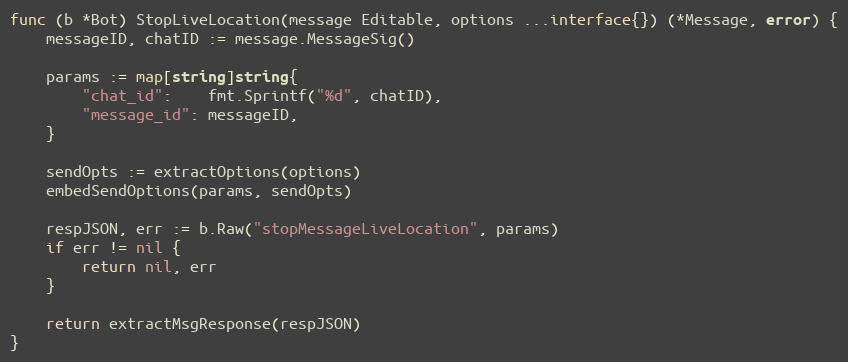
Language: Go
func (b *Bot) StopLiveLocation(message Editable, options ...interface{}) (*Message, error) {
	messageID, chatID := message.MessageSig()

	params := map[string]string{
		"chat_id":    fmt.Sprintf("%d", chatID),
		"message_id": messageID,
	}

	sendOpts := extractOptions(options)
	embedSendOptions(params, sendOpts)

	respJSON, err := b.Raw("stopMessageLiveLocation", params)
	if err != nil {
		return nil, err
	}

	return extractMsgResponse(respJSON)
}